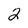
Character: 2